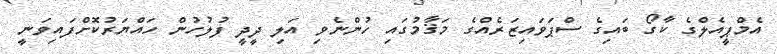
އެމްޕީއެލްގެ ކާގޯ ބައިގެ ސްޕަވައިޒަރެއްގެ މަޤާމުގައި ހުންނެވި އަލި ދީދީ ފުލުހުން ހައްޔަރުކޮށްފައިވަނީ